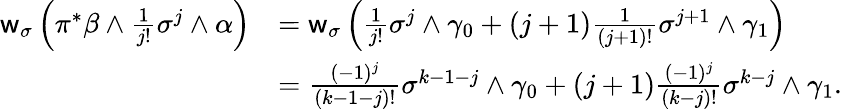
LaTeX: \begin{array}{rl}{\mathsf{w}_{\sigma}\left(\pi^{\ast}\beta\wedge\frac{1}{j!}\sigma^{j}\wedge\alpha\right)}&{=\mathsf{w}_{\sigma}\left(\frac{1}{j!}\sigma^{j}\wedge\gamma_{0}+(j+1)\frac{1}{(j+1)!}\sigma^{j+1}\wedge\gamma_{1}\right)}\\ &{=\frac{(-1)^{j}}{(k-1-j)!}\sigma^{k-1-j}\wedge\gamma_{0}+(j+1)\frac{(-1)^{j}}{(k-j)!}\sigma^{k-j}\wedge\gamma_{1}.}\end{array}